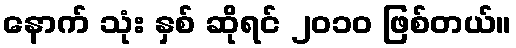
နောက် သုံး နှစ် ဆိုရင် ၂၀၁၀ ဖြစ်တယ်။